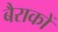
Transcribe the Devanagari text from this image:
बैराकों